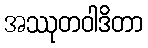
အဿုတဝါဒိတာ